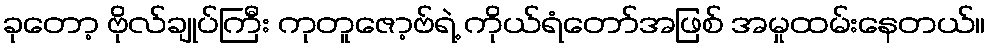
ခုတော့ ဗိုလ်ချုပ်ကြီး ကုတူဇော့ဗ်ရဲ့ ကိုယ်ရံတော်အဖြစ် အမှုထမ်းနေတယ်။